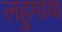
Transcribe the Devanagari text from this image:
लहुगाया